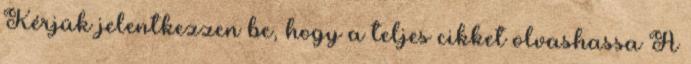
Kérjük jelentkezzen be, hogy a teljes cikket olvashassa A